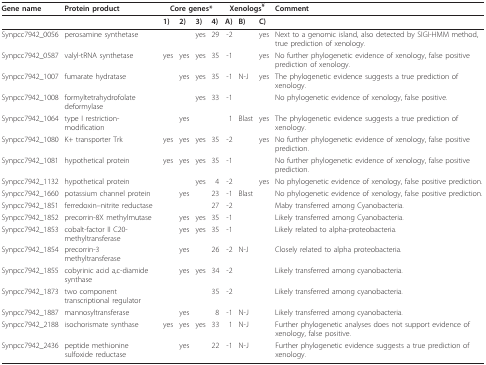
<table><thead><tr><td><b>Gene name</b></td><td><b>Protein product</b></td><td colspan="4"><b>Core genes*</b></td><td colspan="3"><b>Xenologs<sup>¥</sup></b></td><td><b>Comment</b></td></tr></thead><tbody><tr><td></td><td></td><td><b>1)</b></td><td><b>2)</b></td><td><b>3)</b></td><td><b>4)</b></td><td><b>A)</b></td><td><b>B)</b></td><td><b>C)</b></td><td></td></tr><tr><td>Synpcc7942_0056</td><td>perosamine synthetase</td><td></td><td></td><td>yes</td><td>29</td><td>-2</td><td></td><td>yes</td><td>Next to a genomic island, also detected by SIGI-HMM method, true prediction of xenology.</td></tr><tr><td>Synpcc7942_0587</td><td>valyl-tRNA synthetase</td><td>yes</td><td>yes</td><td>yes</td><td>35</td><td>-1</td><td></td><td>yes</td><td>No further phylogenetic evidence of xenology, false positive prediction of xenology.</td></tr><tr><td>Synpcc7942_1007</td><td>fumarate hydratase</td><td></td><td>yes</td><td>yes</td><td>35</td><td>-1</td><td>N-J</td><td>yes</td><td>The phylogenetic evidence suggests a true prediction of xenology.</td></tr><tr><td>Synpcc7942_1008</td><td>formyltetrahydrofolate deformylase</td><td></td><td></td><td>yes</td><td>33</td><td>-1</td><td></td><td></td><td>No phylogenetic evidence of xenology, false positive.</td></tr><tr><td>Synpcc7942_1064</td><td>type I restriction-modification</td><td></td><td>yes</td><td></td><td></td><td>1</td><td>Blast</td><td>yes</td><td>The phylogenetic evidence suggests a true prediction of xenology.</td></tr><tr><td>Synpcc7942_1080</td><td>K+ transporter Trk</td><td>yes</td><td>yes</td><td>yes</td><td>35</td><td>-2</td><td></td><td>yes</td><td>No further phylogenetic evidence of xenology, false positive prediction.</td></tr><tr><td>Synpcc7942_1081</td><td>hypothetical protein</td><td>yes</td><td>yes</td><td>yes</td><td>35</td><td>-1</td><td></td><td></td><td>No further phylogenetic evidence of xenology, false positive prediction.</td></tr><tr><td>Synpcc7942_1132</td><td>hypothetical protein</td><td></td><td></td><td>yes</td><td>4</td><td>-2</td><td></td><td>yes</td><td>No phylogenetic evidence of xenology, false positive prediction.</td></tr><tr><td>Synpcc7942_1660</td><td>potassium channel protein</td><td></td><td>yes</td><td></td><td>23</td><td>-1</td><td>Blast</td><td></td><td>No phylogenetic evidence of xenology, false positive prediction.</td></tr><tr><td>Synpcc7942_1851</td><td>ferredoxin--nitrite reductase</td><td></td><td></td><td></td><td>27</td><td>-2</td><td></td><td></td><td>Maby transferred among Cyanobacteria.</td></tr><tr><td>Synpcc7942_1852</td><td>precorrin-8X methylmutase</td><td></td><td>yes</td><td>yes</td><td>35</td><td>-1</td><td></td><td></td><td>Likely transferred among Cyanobacteria.</td></tr><tr><td>Synpcc7942_1853</td><td>cobalt-factor II C20-methyltransferase</td><td></td><td>yes</td><td>yes</td><td>35</td><td>-1</td><td></td><td></td><td>Likely related to alpha-proteobacteria.</td></tr><tr><td>Synpcc7942_1854</td><td>precorrin-3 methyltransferase</td><td></td><td>yes</td><td></td><td>26</td><td>-2</td><td>N-J</td><td></td><td>Closely related to alpha proteobacteria.</td></tr><tr><td>Synpcc7942_1855</td><td>cobyrinic acid a,c-diamide synthase</td><td></td><td>yes</td><td>yes</td><td>34</td><td>-2</td><td></td><td></td><td>Likely transferred among cyanobacteria.</td></tr><tr><td>Synpcc7942_1873</td><td>two component transcriptional regulator</td><td></td><td></td><td></td><td>35</td><td>-2</td><td></td><td></td><td>Likely transferred among cyanobacteria.</td></tr><tr><td>Synpcc7942_1887</td><td>mannosyltransferase</td><td></td><td>yes</td><td></td><td>8</td><td>-1</td><td>N-J</td><td></td><td>Likely transferred among cyanobacteria.</td></tr><tr><td>Synpcc7942_2188</td><td>isochorismate synthase</td><td>yes</td><td>yes</td><td>yes</td><td>33</td><td>1</td><td>N-J</td><td></td><td>Further phylogenetic analyses does not support evidence of xenology, false positive.</td></tr><tr><td>Synpcc7942_2436</td><td>peptide methionine sulfoxide reductase</td><td></td><td>yes</td><td></td><td>22</td><td>-1</td><td>N-J</td><td></td><td>Further phylogenetic evidence suggests a true prediction of xenology.</td></tr></tbody></table>